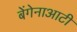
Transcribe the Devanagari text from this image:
बेंगेनाआटी